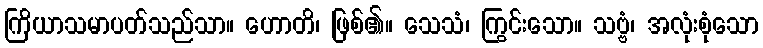
ကြိယာသမာပတ်သည်သာ။ ဟောတိ၊ ဖြစ်၏။ သေသံ၊ ကြွင်းသော။ သဗ္ဗံ၊ အလုံးစုံသော